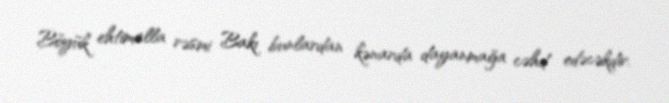
Böyük ehtimalla rəsmi Bakı bunlardan kənarda dayanmağa cəhd edəcəkdir.